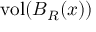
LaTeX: \operatorname { v o l } ( B _ { R } ( x ) )